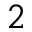
^ 2